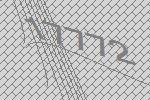
17772